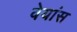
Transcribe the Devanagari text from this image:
वेयांस